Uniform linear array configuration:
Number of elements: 8
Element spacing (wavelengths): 1
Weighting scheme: hann
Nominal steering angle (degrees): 0
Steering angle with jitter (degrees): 1.326
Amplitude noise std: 0.05
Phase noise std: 0.05

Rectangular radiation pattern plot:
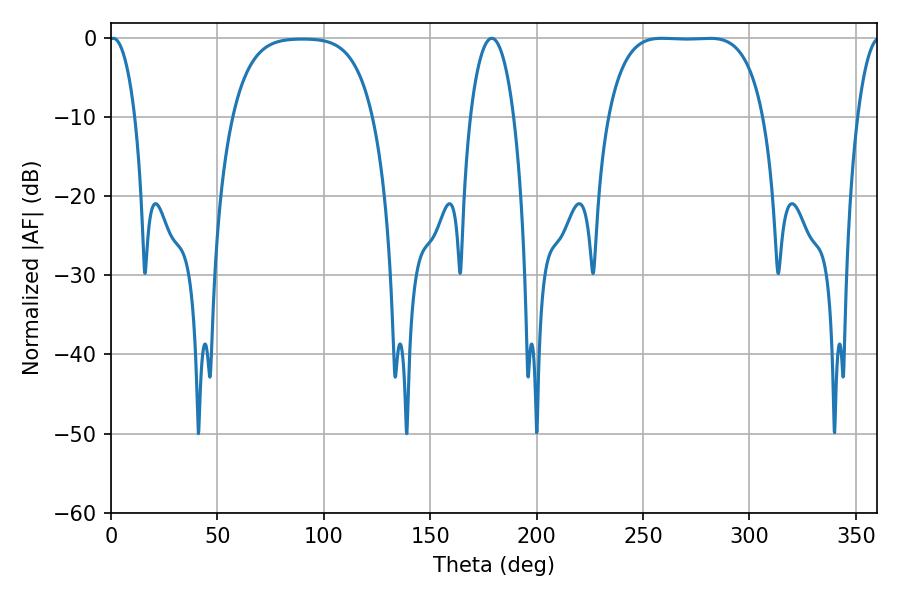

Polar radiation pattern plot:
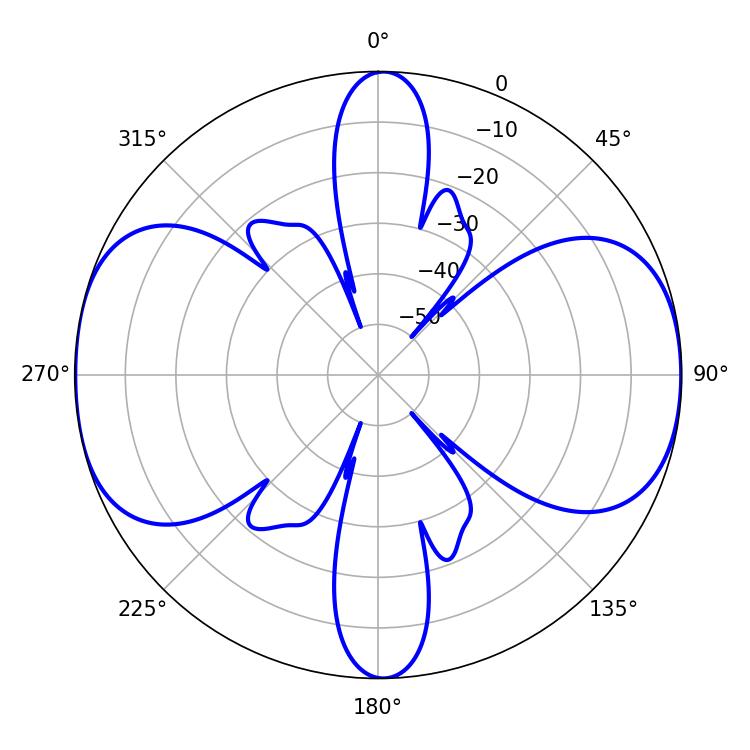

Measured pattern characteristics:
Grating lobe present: TRUE
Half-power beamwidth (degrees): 6.84
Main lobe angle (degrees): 1.08